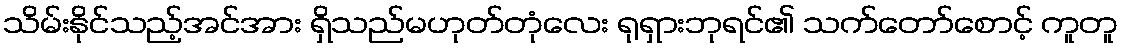
သိမ်းနိုင်သည့်အင်အား ရှိသည်မဟုတ်တုံလေး ရုရှားဘုရင်၏ သက်တော်စောင့် ကူတူ